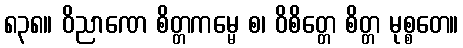
၈၃၈။ ဝိညာဏေ စိတ္တကမ္မေ စ၊ ဝိစိတ္တေ စိတ္တ မုစ္စတေ။